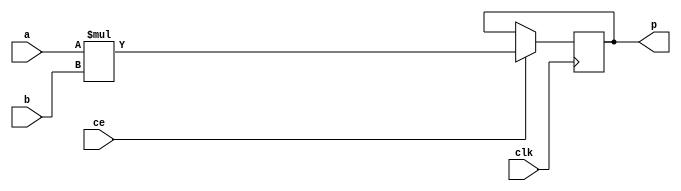
module fir_mul_32s_32s_3bkb_MulnS_0(clk, ce, a, b, p);
input clk;
input ce;
input signed [32 - 1 : 0] a; 
input signed [32 - 1 : 0] b; 
output[32 - 1 : 0] p;
reg signed [32 - 1 : 0] p;
wire signed [32 - 1 : 0] tmp_product;
assign tmp_product = $signed(a) * $signed(b);
always @ (posedge clk) begin
    if (ce) begin
        p <= tmp_product;
    end
end
endmodule